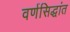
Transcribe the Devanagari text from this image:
वर्णसिद्धांत